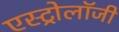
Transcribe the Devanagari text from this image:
एस्‍ट्रोलॉजी